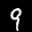
Label: 9